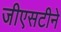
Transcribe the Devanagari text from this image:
जीएसटीने